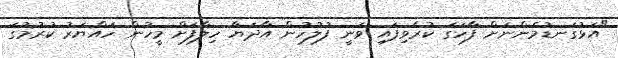
"އަޅުގަނޑުމެންނަށް ފާހަގަ ކުރެވިފައި ވަނީ ފުލުހުން އާދަޔާ ހިލާފަށް މީހުން ހައްޔަރު ކުރުމުގަ